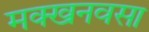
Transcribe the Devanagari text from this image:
मक्खनवसा